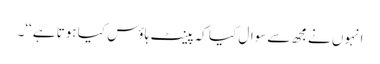
انہوں نےمجھ سےسوال کیا کہ پینٹ ہاؤس کیا ہوتا ہے‘‘۔